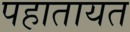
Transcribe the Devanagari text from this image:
पहातायत